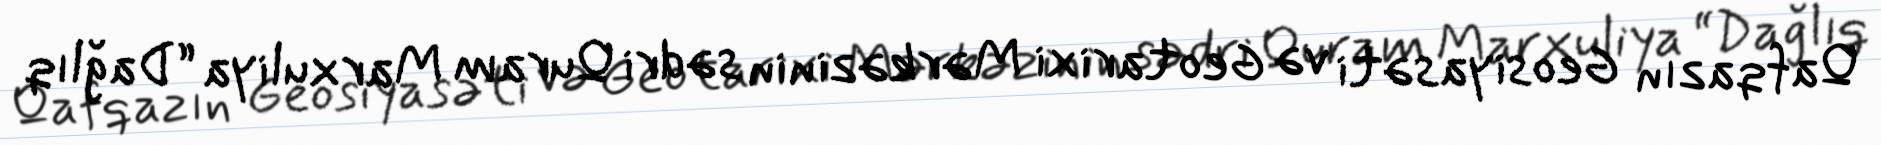
Qafqazın Geosiyasəti və Geotarixi Mərkəzinin sədri Quram Marxuliya “Dağlıq